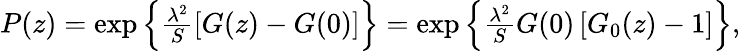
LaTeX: \begin{array}{r}{P(z)=\exp\left\lbrace\frac{\lambda^{2}}{S}\left[G(z)-G(0)\right]\right\rbrace=\exp\left\lbrace\frac{\lambda^{2}}{S}G(0)\left[G_{0}(z)-1\right]\right\rbrace,}\end{array}